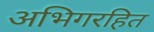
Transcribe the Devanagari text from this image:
अभिगरहित